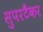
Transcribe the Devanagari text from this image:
सुपरटैंकर